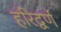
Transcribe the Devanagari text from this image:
हरिद्वर्ण